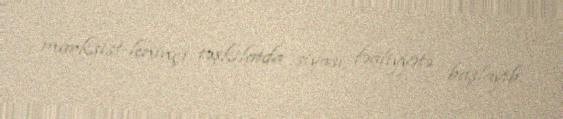
marksist-leninçi təşkilatda siyasi fəaliyyətə başlayıb.